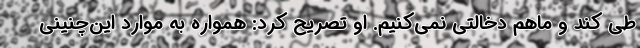
طی کند و ماهم دخالتی نمی‌کنیم. او تصریح کرد: همواره به موارد این‌چنینی